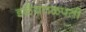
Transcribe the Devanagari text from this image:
इळैयतळपती